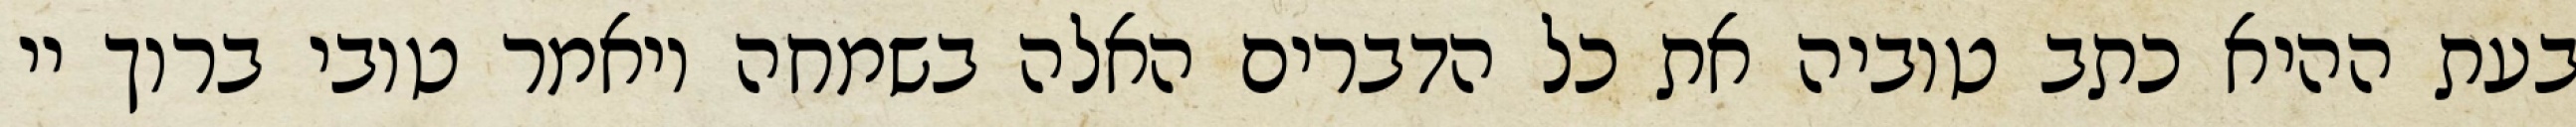
בעת ההיא כתב טוביה את כל הדברים האלה בשמחה ויאמר טובי ברוך יי